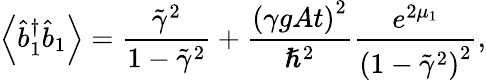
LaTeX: \left\langle\hat{b}_{1}^{\dagger}\hat{b}_{1}\right\rangle=\frac{\tilde{\gamma}^{2}}{1-\tilde{\gamma}^{2}}+\frac{\left(\gamma gAt\right)^{2}}{\hslash^{2}}\frac{e^{2\mu_{1}}}{\left(1-\tilde{\gamma}^{2}\right)^{2}},